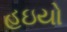
હઇયો